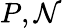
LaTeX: P,\mathcal{N}